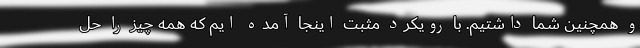
و همچنین شما داشتیم. با رویکرد مثبت اینجا آمده ایم که همه چیز را حل